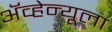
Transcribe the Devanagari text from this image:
ॲव्हेन्यूला